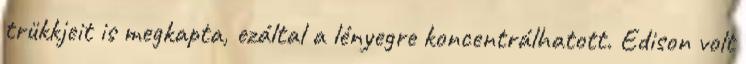
trükkjeit is megkapta, ezáltal a lényegre koncentrálhatott. Edison volt